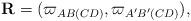
LaTeX: \begin{align*}\mathbf{R}=(\varpi _{AB(CD)},\varpi _{A^{\prime }B^{\prime }(CD)}),\end{align*}